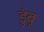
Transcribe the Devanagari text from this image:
डुंबू